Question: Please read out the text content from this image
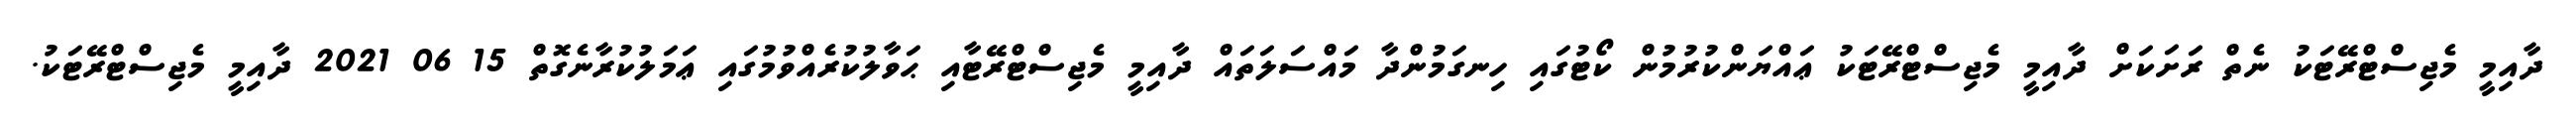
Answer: ދާއިމީ މެޖިސްޓްރޭޓަކު ނެތް ރަށަކަށް ދާއިމީ މެޖިސްޓްރޭޓަކު ޢައްޔަންކުރުމުން ކޯޓުގައި ހިނގަމުންދާ މައްސަލަތައް ދާއިމީ މެޖިސްޓްރޭޓާއި ޙަވާލުކުރެއްވުމުގައި ޢަމަލުކުރާނެގޮތް 15 06 2021 ދާއިމީ މެޖިސްޓްރޭޓަކު.